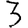
Digit: 3